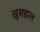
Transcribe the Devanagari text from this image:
खु़शहाल